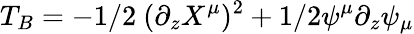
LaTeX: T_{B}=-1/2\ (\partial_{z}X^{\mu})^{2}+1/2\psi^{\mu}\partial_{z}\psi_{\mu}